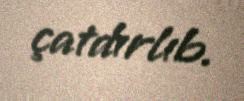
çatdırlıb.